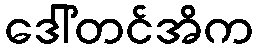
ဒေါ်တင်အိက